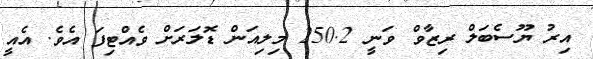
އިރު ޔޫސެބަލް ރިޒާވް ވަނީ 250.2 މިލިއަން ޑޮލަރަށް ވެއްޓިފަ އެވެ. އެއީ